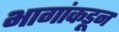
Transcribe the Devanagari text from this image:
भागांकडून